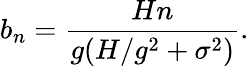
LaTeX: b_{n}=\frac{Hn}{g(H/g^{2}+\sigma^{2})}.